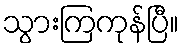
သွားကြကုန်ပြီ။